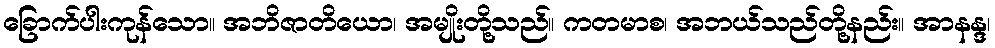
ခြောက်ပါးကုန်သော။ အဘိဇာတိယော၊ အမျိုးတို့သည်။ ကတမာစ၊ အဘယ်သည်တို့နည်း။ အာနန္ဒ၊